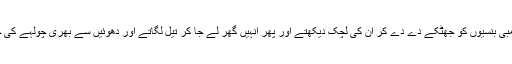
شکاری بیس پچیس فٹ لمبی بنسیوں کو جھٹکے دے دے کر ان کی لچک دیکھتے اور پھر انہیں گھر لے جا کر تیل لگاتے اور دھوئیں سے بھری چولہے کی چمنی میں کھڑا کر دیتے۔